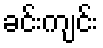
ခင်းကျင်း